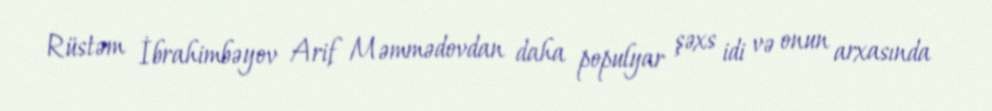
Rüstəm İbrahimbəyov Arif Məmmədovdan daha populyar şəxs idi və onun arxasında